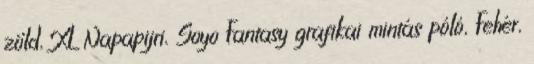
zöld, XL Napapijri, Soyo Fantasy grafikai mintás póló, Fehér,